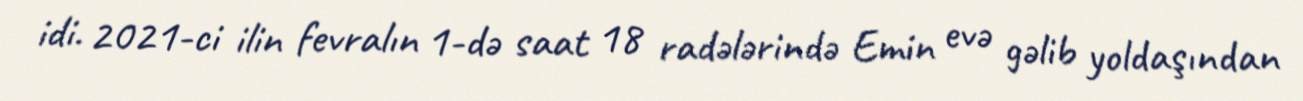
idi. 2021-ci ilin fevralın 1-də saat 18 radələrində Emin evə gəlib yoldaşından